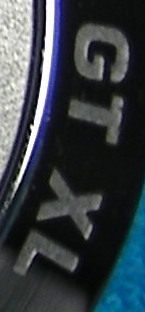
GT XL